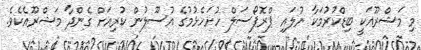
މި މަޝްރޫއަކީ ބިޑްކުރުމަކާ ނުލައި ޕްރޮޕޯސަލް ހުށަހެޅުމުގެ އުސޫލުން ކުރިއަށް ގެންދާ މަޝްރޫއެކެވެ.